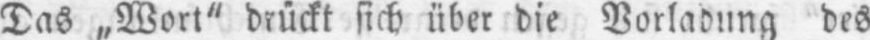
Das „Wort“ drückt sich über die Vorladung des